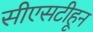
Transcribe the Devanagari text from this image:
सीएसटीहून